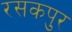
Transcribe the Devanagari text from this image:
रसकपुर